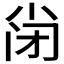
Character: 𡭬